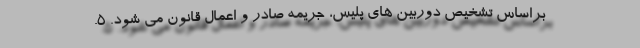
براساس تشخیص دوربین های پلیس، جریمه صادر و اعمال قانون می شود. 5.